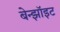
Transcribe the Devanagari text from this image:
बेन्झॉइट